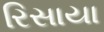
રિસાયા